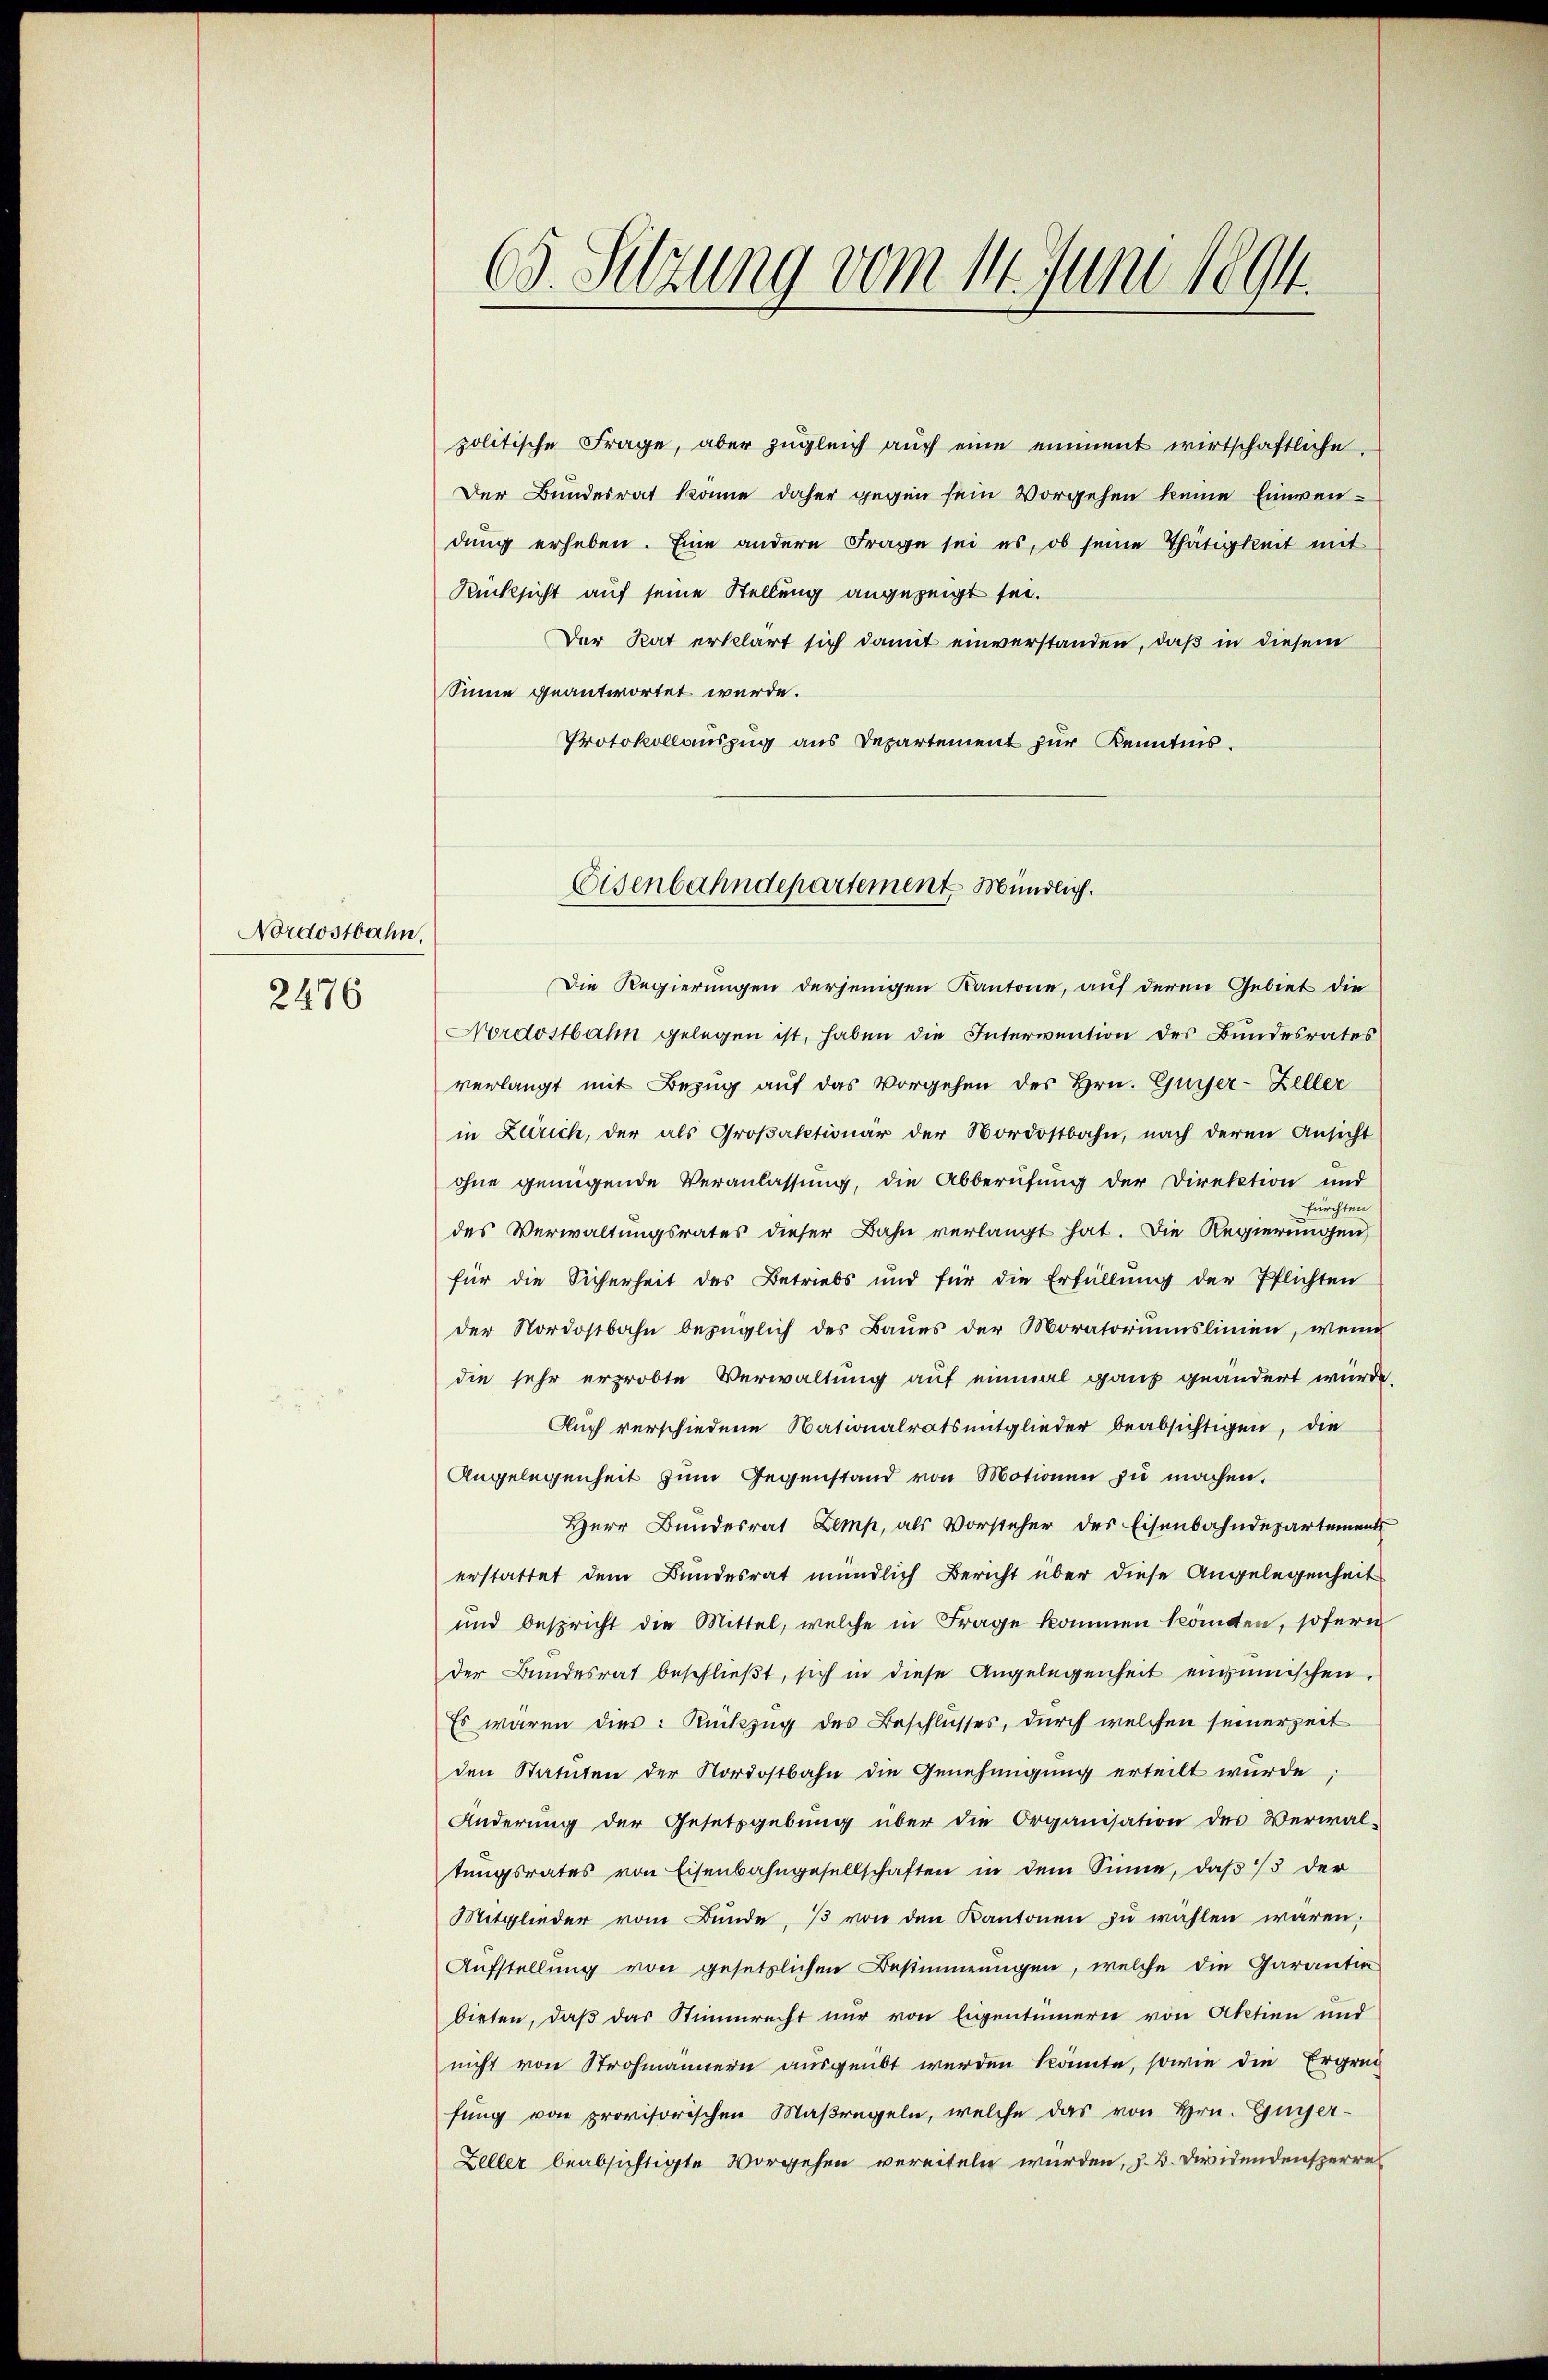
Nordostbahn.
2476

politische Frage, aber zŭgleich aŭch eine eiment wirtschaftliche
Der Bundesrat könne daher gegen sein Vorgehen keine Einwendung erheben. Eine andere Frage sei es, ob seine Thätigkeit mit
Rücksicht auf seine Stellung angezeigt sei.
Der Rat erklärt sich damit einverstanden, daß in diesem
Sinne geantwortet würde.
Protokollauszug aus Departement zur Kenntnis.

C. Sitzung vom 11. Juni 1894.

Eisenbahndepartement Mündlich.

Die Regierungen derjenigen Kantone, auf deren Gebiet die
Nordostbahn gelegen ist, haben die Intervention des Bundesrates
verlangt mit Bezug auf das Vorgehen des Hrn. Gujer-Zeller
in Zürich, der als Groβaktionär der Nordostbahn, nach deren Ansicht
ohne genügende Veranlassung, die Abberufung der Direktion und
fürchten
des Verwaltungsrates dieser Bahn verlangt hat. Die Regierungen
für die Sicherheit des Betriebs und für die Erfüllung der Pflichten
der Nordostbahn bezüglich des Baues der Moratoriumslinien, wenn
die sehr erprobte Verwaltung auf einmal ganz geändert würde.
Auch verschiedene Nationalratsmitglieder beabsichtigen, die
Angelegenheit zŭm Gegenstand von Motionen zŭ machen.
Herr Bundesrat Zemp, als Vorsteher des Eisenbahndepartement
erstattet dem Bundesrat mündlich Bericht über diese Angelegenheit
und bespricht die Mittel, welche in Frage kommen könnten, sofern
der Bundesrat beschlieβt, sich in diese Angelegenheit einmischen,
Es waren dies: Rückzug des Beschlusses, durch welchen seinerzeit
den Statuten der Nordostbahn die Genehmigung erteilt wurde,
Änderung der Gesetzgebung über die Organisation des Verwal-
tŭngsrates von Eisenbahngesellschaften in dem Sinne, daβ 3 der
Mitglieder vom Bunde,  von den Kantonen zŭ wählen waren;
Aufstellung von gesetzlichen Bestimmungen, welche die Garantin
bieten, daß das Stimmrecht nur von Eigentümern von Aktien und
nicht von Strohmannern ausgeübt werden könnte, sowie die Ergrec
fung von provisorischen Maßregeln, welche das von Hrn. Gugger-
Zeller beabsichtigte Vorgehen vereiteln würden, z. B. Dividendensperre